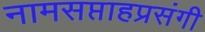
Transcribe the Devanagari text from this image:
नामसप्ताहप्रसंगी